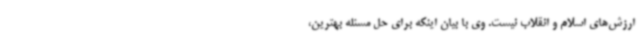
ارزش‌های اسلام و انقلاب نیست. وی با بیان اینکه برای حل مسئله بهترین،